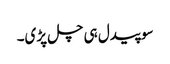
سو پیدل ہی چل پڑی۔